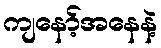
ကျနော့်အနေနဲ့